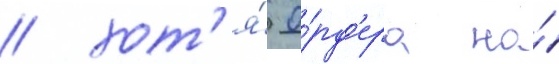
/ хот'я́ о́рд'ера на́